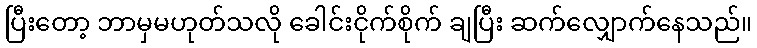
ပြီးတော့ ဘာမှမဟုတ်သလို ခေါင်းငိုက်စိုက် ချပြီး ဆက်လျှောက်နေသည်။